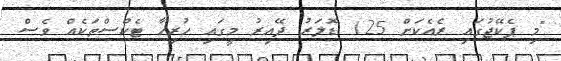
"މި ޕެކޭޖުގައި ރެއެކަށް 125 ޑޮލަރު ދޭއިރު މީގައި ހުރިހާ ޓެކްސްތަކެއް ވެސް